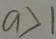
a > 1